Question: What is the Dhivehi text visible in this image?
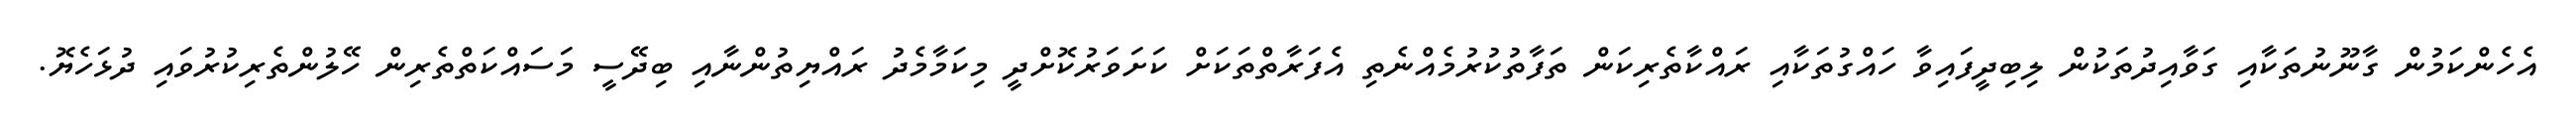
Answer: އެހެންކަމުން ގާނޫނުތަކާއި ގަވާއިދުތަކުން ލިބިދީފައިވާ ހައްގުތަކާއި ރައްކާތެރިކަން ތަފާތުކުރުމެއްނެތި އެފަރާތްތަކަށް ކަށަވަރުކޮށްދީ މިކަމާމެދު ރައްޔިތުންނާއި ބިދޭސީ މަސައްކަތްތެރިން ހޭލުންތެރިކުރުވައި ދުޅަހެޔޮ.